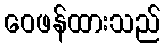
ဝေဖန်ထားသည်